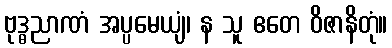
ဗုဒ္ဓညာဏံ အပ္ပမေယျံ၊ န သူ ဧတေ ဝိဇာနိတုံ။